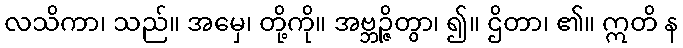
လသိကာ၊ သည်။ အမှေ၊ တို့ကို။ အဗ္ဘဉ္ဇိတွာ၊ ၍။ ဌိတာ၊ ၏။ ဣတိ န